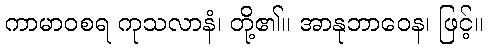
ကာမာဝစရ ကုသလာနံ၊ တို့၏။ အာနုဘာဝေန၊ ဖြင့်။